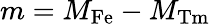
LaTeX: m=M_{\mathrm{Fe}}-M_{\mathrm{Tm}}